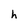
Character: h